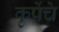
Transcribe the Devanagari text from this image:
कृपेंचे